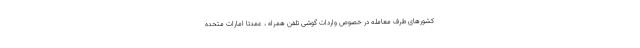
کشورهای طرف معامله در خصوص واردات گوشی تلفن همراه ، عمدتا امارات متحده